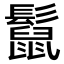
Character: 𩯡